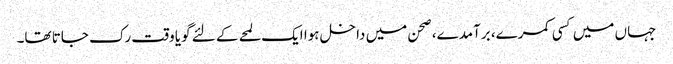
جہاں میں کسی کمرے، برآمدے، صحن میں داخل ہوا ایک لمحے کے لئے گویا وقت رک جاتا تھا۔